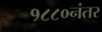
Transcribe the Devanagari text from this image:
१८८०नंतर